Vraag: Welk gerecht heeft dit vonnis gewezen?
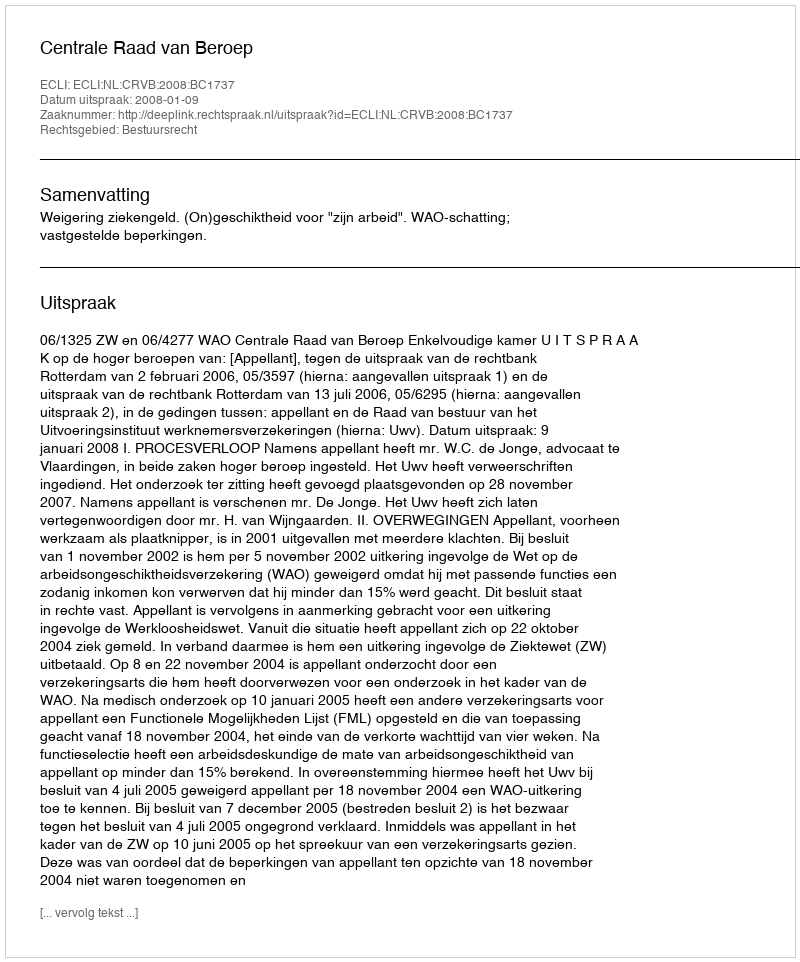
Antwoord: Centrale Raad van Beroep